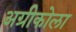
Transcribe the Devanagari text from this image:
अग्रीकोला